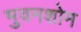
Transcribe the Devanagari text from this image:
भुवनशोम